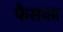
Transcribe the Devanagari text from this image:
फैसका